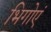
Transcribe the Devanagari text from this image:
भिगोएं